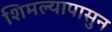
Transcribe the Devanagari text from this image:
शिमल्यापासुन